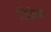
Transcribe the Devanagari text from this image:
डिक्रेट